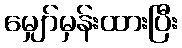
မျှော်မှန်းထားပြီး